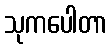
သုကပေါတာ